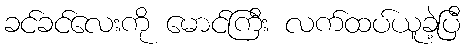
ခင်ခင်လေးကို မောင်ကြီး လက်ထပ်ယူခဲ့ပြီ